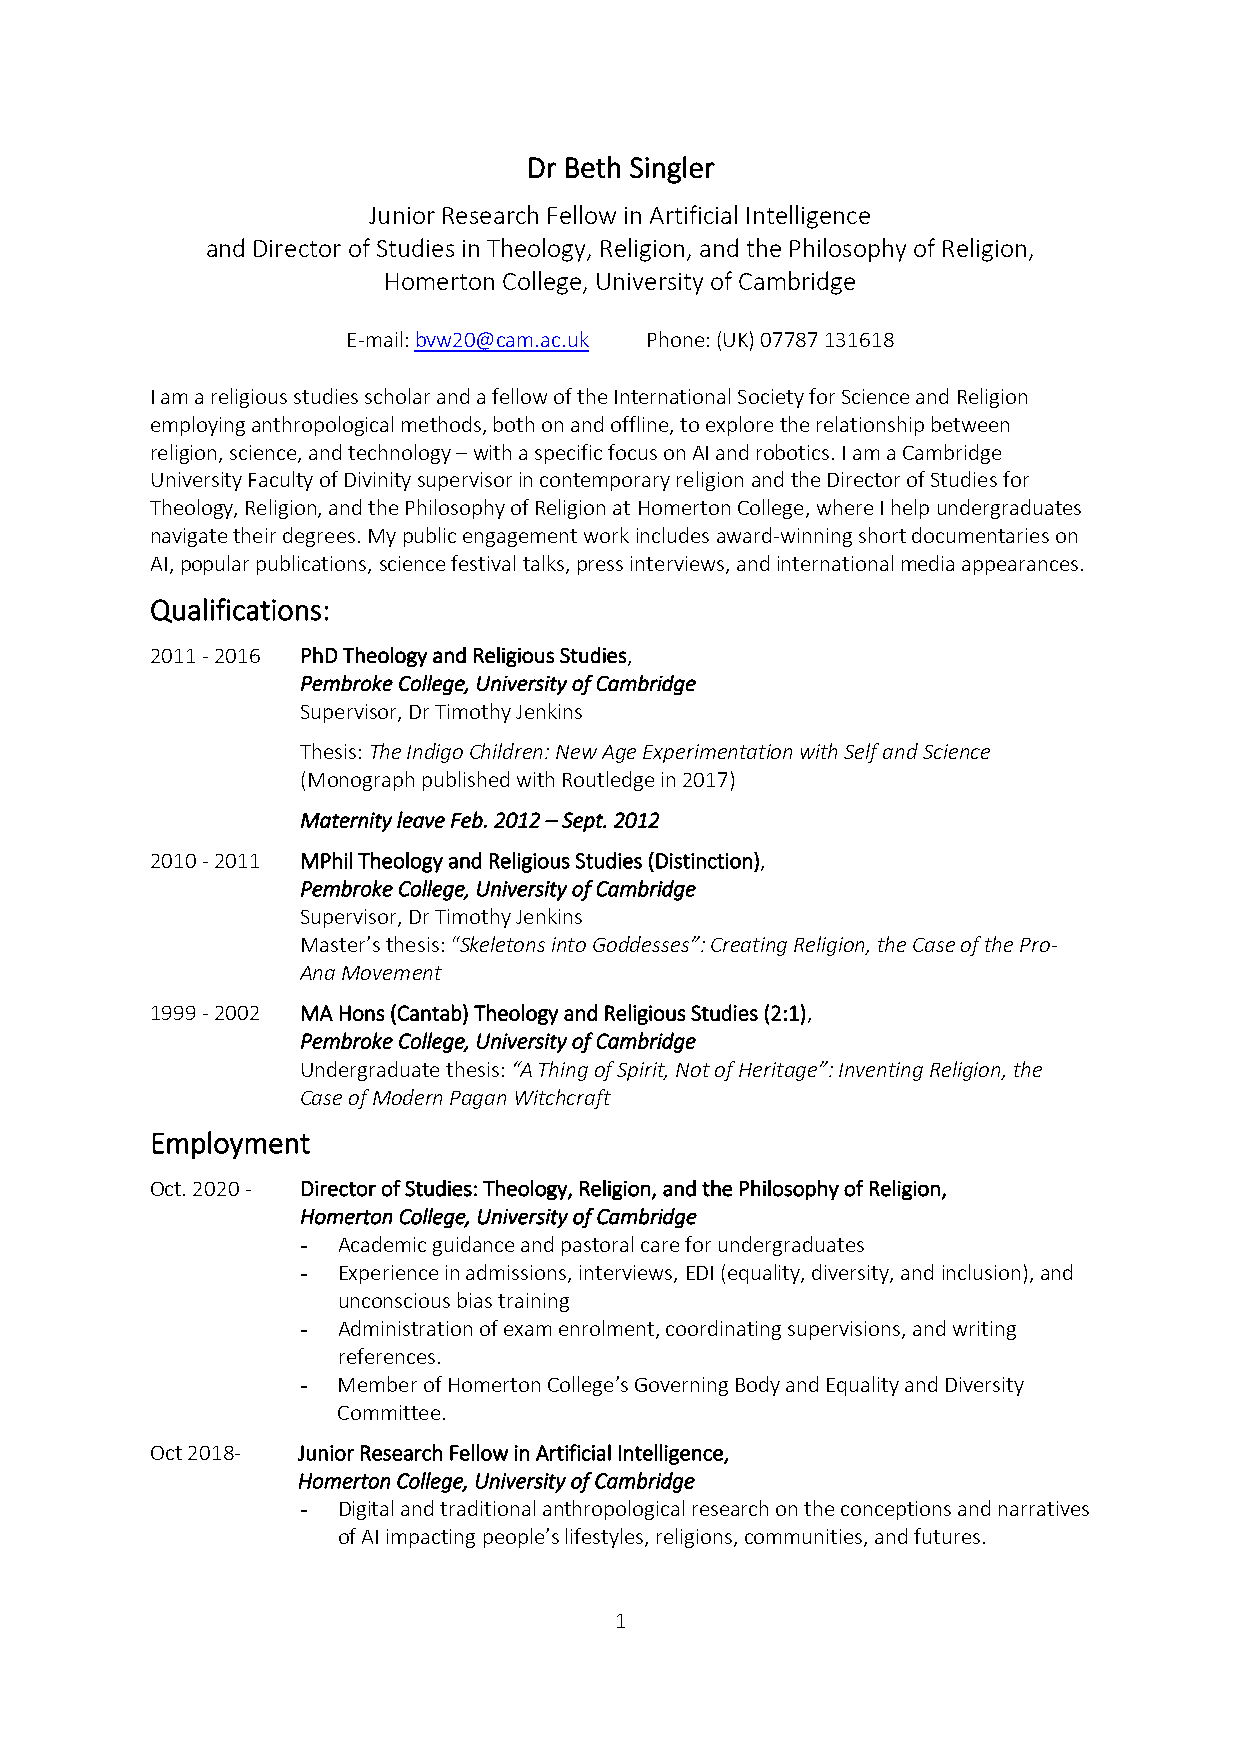
Dr Beth Singler
 Junior Research Fellow in Artificial Intelligence
 and Director of Studies in Theology, Religion, and the Philosophy of Religion,
 Homerton College, University of Cambridge
 E-mail: bvw20@cam.ac.uk Phone: (UK) 07787 131618
 I am a religious studies scholar and a fellow of the International Society for Science and Religion
 employing anthropological methods, both on and offline, to explore the relationship between
 religion, science, and technology – with a specific focus on AI and robotics. I am a Cambridge
 University Faculty of Divinity supervisor in contemporary religion and the Director of Studies for
 Theology, Religion, and the Philosophy of Religion at Homerton College, where I help undergraduates
 navigate their degrees. My public engagement work includes award-winning short documentaries on
 AI, popular publications, science festival talks, press interviews, and international media appearances.
 Qualifications:
 2011 - 2016 PhD Theology and Religious Studies,
 Pembroke College, University of Cambridge
 Supervisor, Dr Timothy Jenkins
 Thesis: The Indigo Children: New Age Experimentation with Self and Science
 (Monograph published with Routledge in 2017)
 Maternity leave Feb. 2012 – Sept. 2012
 2010 - 2011 MPhil Theology and Religious Studies (Distinction),
 Pembroke College, University of Cambridge
 Supervisor, Dr Timothy Jenkins
 Master’s thesis: “Skeletons into Goddesses”: Creating Religion, the Case of the Pro-
 Ana Movement
 1999 - 2002 MA Hons (Cantab) Theology and Religious Studies (2:1),
 Pembroke College, University of Cambridge
 Undergraduate thesis: “A Thing of Spirit, Not of Heritage”: Inventing Religion, the
 Case of Modern Pagan Witchcraft
 Employment
 Oct. 2020 - Director of Studies: Theology, Religion, and the Philosophy of Religion,
 Homerton College, University of Cambridge
 - Academic guidance and pastoral care for undergraduates
 - Experience in admissions, interviews, EDI (equality, diversity, and inclusion), and
 unconscious bias training
 - Administration of exam enrolment, coordinating supervisions, and writing
 references.
 - Member of Homerton College’s Governing Body and Equality and Diversity
 Committee.
 Oct 2018- Junior Research Fellow in Artificial Intelligence,
 Homerton College, University of Cambridge
 - Digital and traditional anthropological research on the conceptions and narratives
 of AI impacting people’s lifestyles, religions, communities, and futures.
 1